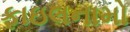
ફાઇલનામો